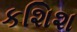
કશિશ